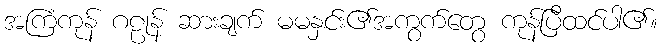
အကြံကုန် ဂဠုန် ဆားချက် မမနှင်း၏အကွက်တွေ ကုန်ပြီထင်ပါ၏။